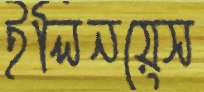
ইলিনয়েস